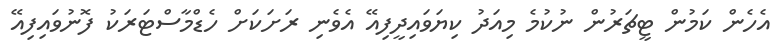
އެހެން ކަމުން ޓީޗަރުން ނުކުމެ މިއަދު ކިޔަވައިދީފިއޭ އެވެނި ރަށަކަށް ހެޑްމާސްޓަރަކު ފޮނުވައިފިއޭ